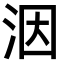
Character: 洇